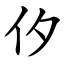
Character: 㐴